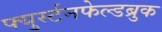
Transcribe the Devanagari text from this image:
फ्युर्स्टनफेल्डब्रुक